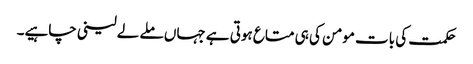
حکمت کی بات مومن کی ہی متاع ہوتی ہے جہاں ملے لے لینی چاہیے۔